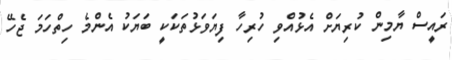
ރައީސް ޔާމިން ކުރިޔަށް އެޅުއްވި ހުރިހާ ފިޔަވަޅުތަކަކީ ބަޔަކު އެންމެ ހިތްހަމަ ޖެހޭ